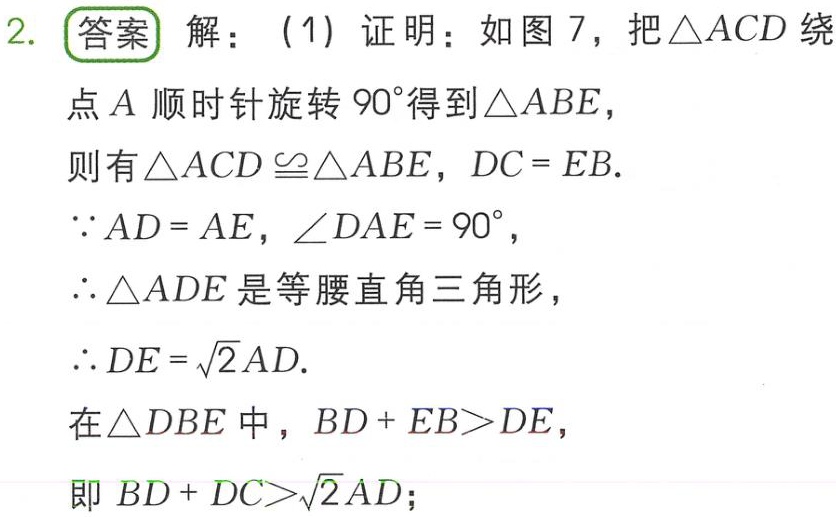
2. 答案 解：（1）证明：如图 7，把$\triangle ACD$绕
点$A$顺时针旋转$90^{\circ}$得到$\triangle ABE$，
则有$\triangle ACD\cong\triangle ABE$，$DC = EB$.
$\because AD = AE$，$\angle DAE = 90^{\circ}$，
$\therefore\triangle ADE$是等腰直角三角形，
$\therefore DE=\sqrt{2}AD$.
在$\triangle DBE$中，$BD + EB>DE$，
即$BD + DC>\sqrt{2}AD$；